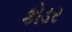
કોડર